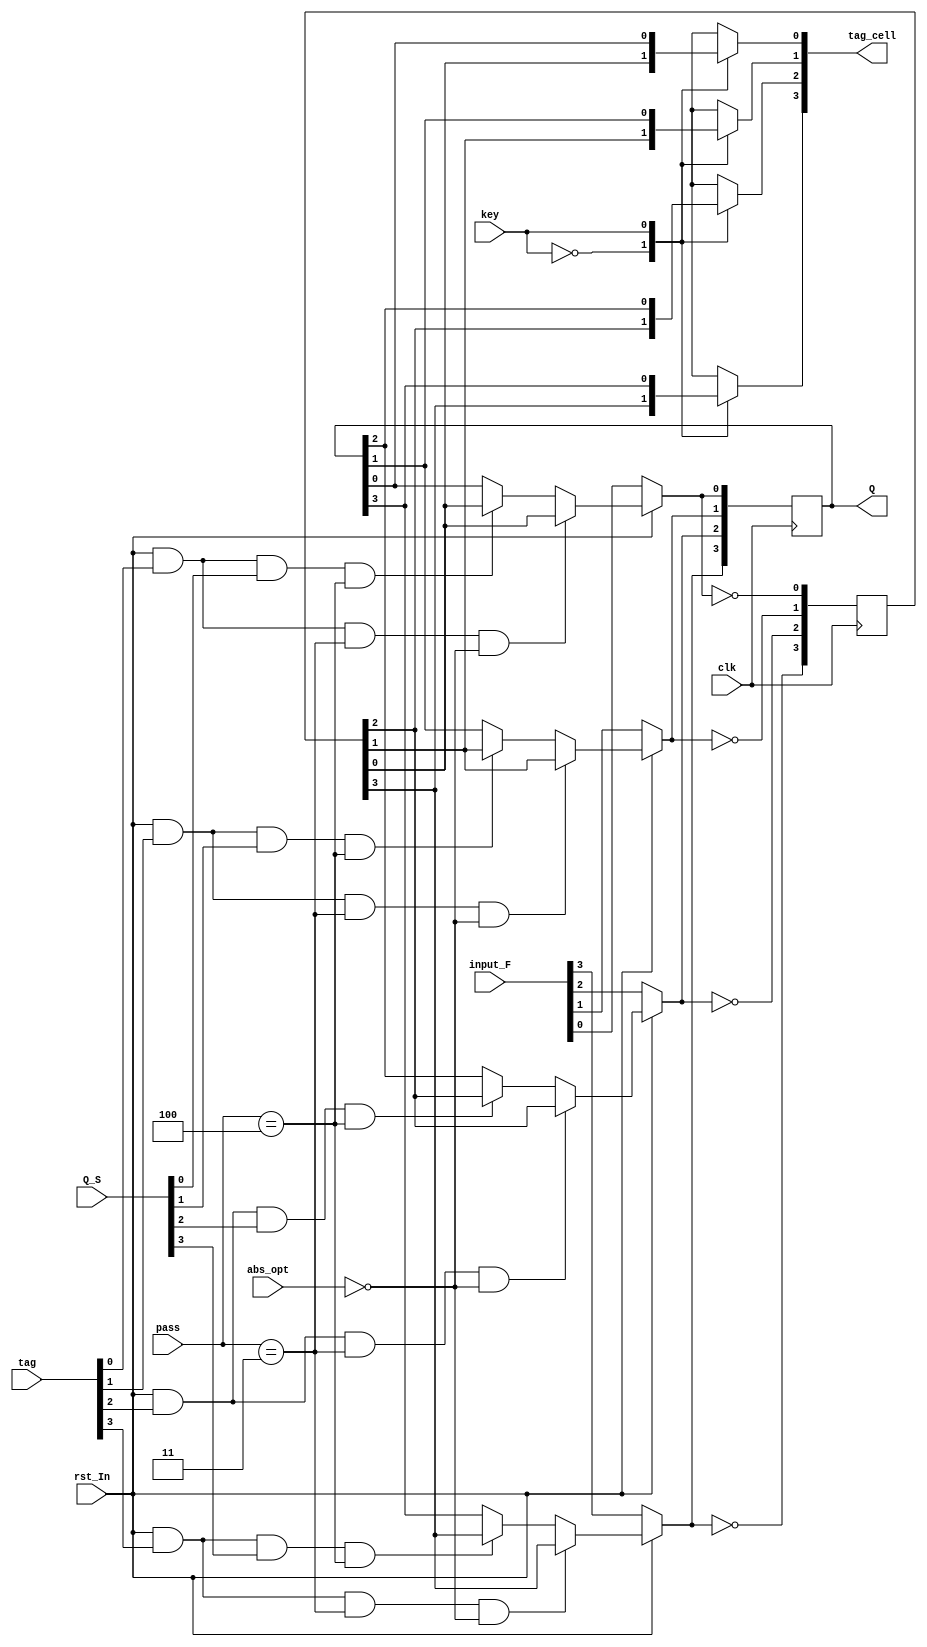
module cell_F
#(
parameter DATA_DEPTH = 4
)
( 
input wire [DATA_DEPTH - 1 : 0] input_F,
input wire                      rst_In,
input wire                      key,
//input wire                      mask,
input wire [2:0]                pass,
input wire [DATA_DEPTH - 1 : 0] tag,
input wire                      clk,
input wire                      abs_opt,
input wire [DATA_DEPTH - 1 : 0] Q_S,
output reg [DATA_DEPTH - 1 : 0] Q,
output reg [DATA_DEPTH - 1 : 0] tag_cell
);

reg [DATA_DEPTH - 1 : 0] Qb;
reg [DATA_DEPTH - 1 : 0] D;
reg [DATA_DEPTH - 1 : 0] Ie;

integer i;

always @(rst_In) begin
    for (i = 0; i < DATA_DEPTH; i = i + 1) begin
        if(!rst_In) begin
            Ie[i] = 1'b1;
        end
        else begin
            Ie[i] = 1'b0;
        end
    end
end

always@(tag, Ie, pass, input_F, Q, Qb, abs_opt,Q_S) begin
    for (i = 0; i <= DATA_DEPTH - 1; i = i + 1)  begin
        if (Ie[i] == 1) begin
            D[i] = input_F[i];
        end
        else if ((Ie[i] == 0) && (tag[i] == 1) && (pass == 3) && (abs_opt == 0)) begin
            D[i] = Qb[i];
        end
        else if ((Ie[i] == 0) && (tag[i] == 1) && (Q_S[i] == 1) && (pass == 4)) begin
            D[i] = Qb[i];
        end
        else begin
            D[i] = Q[i];
        end
    end
end
    
always @(posedge clk) begin
    for (i = 0; i <= DATA_DEPTH - 1; i = i + 1) begin
        Q[i] <= D[i];
        Qb[i] <= ~D[i];
    end
end
        
always @(Q or Qb or key or clk) begin
    for (i = 0; i <= DATA_DEPTH - 1; i = i + 1) begin
        case (key)
            1'b0: tag_cell[i] = Qb[i];
            1'b1: tag_cell[i] = Q[i];
            default: ;
        endcase
    end
end
  
endmodule